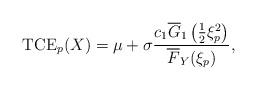
LaTeX: \begin{align*} \mathrm{TCE}_{p}(X)=\mu+\sigma\frac{c_{1}\overline{G}_{1}\left(\frac{1}{2}\xi_{p}^{2}\right)}{\overline{F}_{Y}(\xi_{p})},\end{align*}